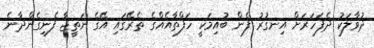
ދުވާލަކު ދެފަހަރަށް އިނގުރު ފެން ބުއިމަކީ ހަފްތާއެއްގެ ތެރޭގައި އޭގެ ނަތީޖާ ފެނިގެންދާނެ